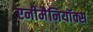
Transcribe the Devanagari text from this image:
एनीमैनियॉक्स